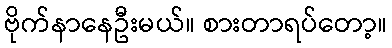
ဗိုက်နာနေဦးမယ်။ စားတာရပ်တော့။